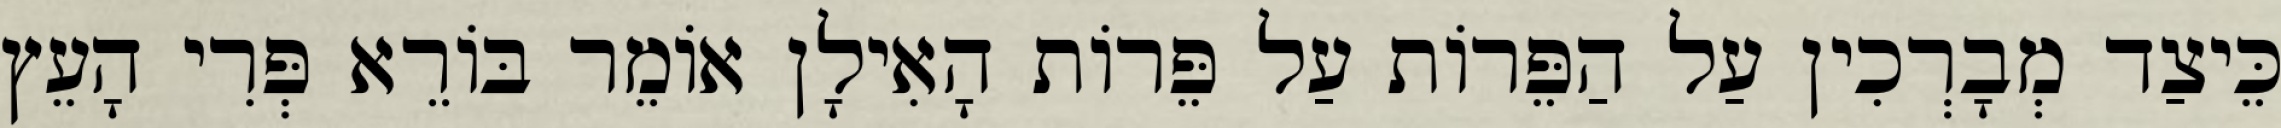
כֵּיצַד מְבָרְכִין עַל הַפֵּרוֹת עַל פֵּרוֹת הָאִילָן אוֹמֵר בּוֹרֵא פְּרִי הָעֵץ